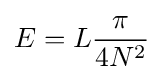
E=L{\frac {\pi }{4N^{2}}}